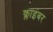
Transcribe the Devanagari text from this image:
क्लाइंबर